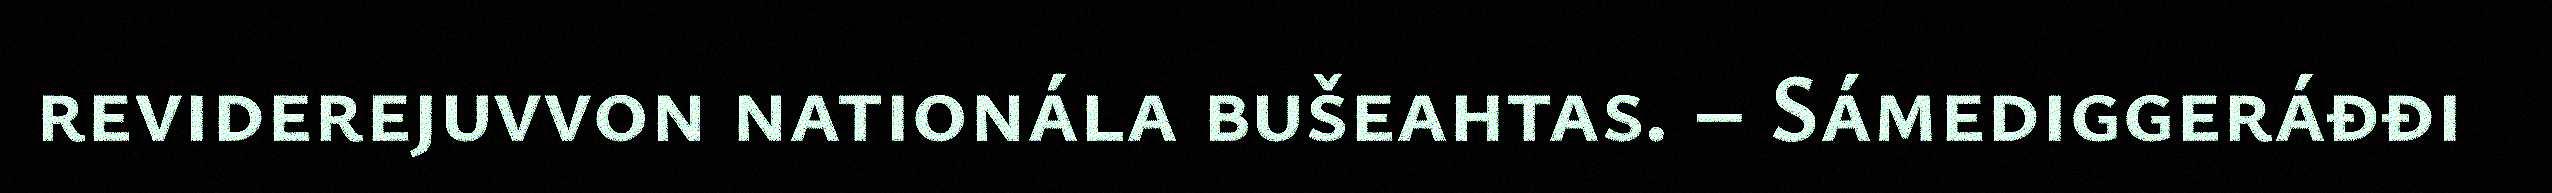
reviderejuvvon nationála bušeahtas. – Sámediggeráđđi